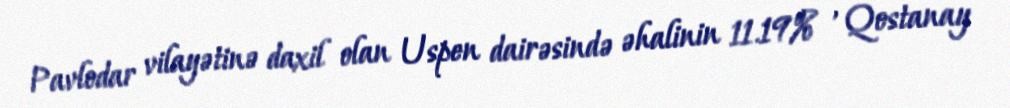
Pavlodar vilayətinə daxil olan Uspen dairəsində əhalinin 11.19% , Qostanay